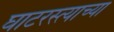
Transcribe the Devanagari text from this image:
घाटरस्त्याच्या